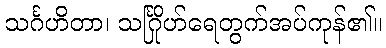
သင်္ဂဟိတာ၊ သင်္ဂြိုဟ်ရေတွက်အပ်ကုန်၏။